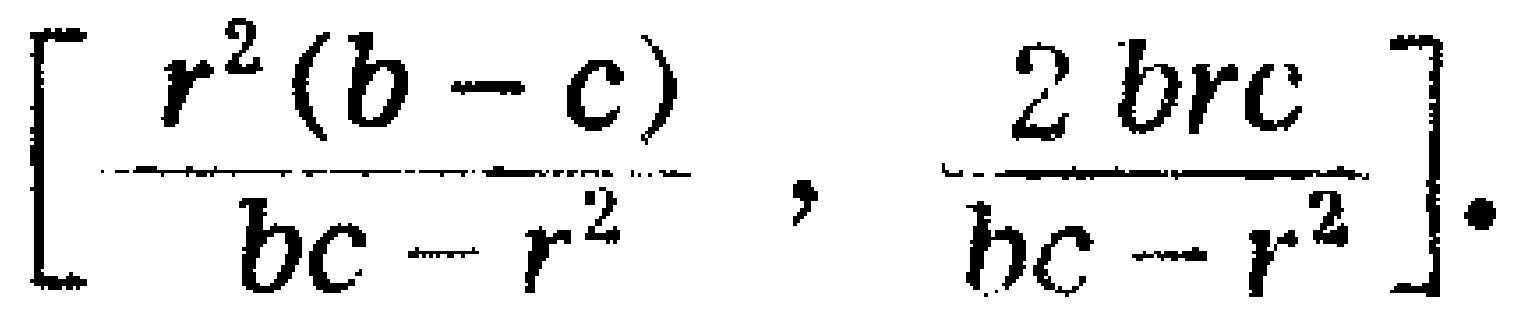
$\left[\frac{r^{2}(b - c)}{bc - r^{2}},\frac{2brc}{bc - r^{2}}\right].$